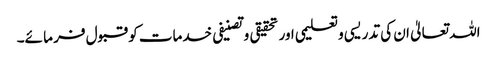
اللہ تعالیٰ ان کی تدریسی وتعلیمی اور تحقیقی وتصنیفی خدمات کو قبول فر ما ئے۔